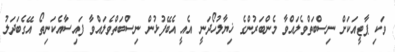
ވަކި ޕާޓީއަކަށް ނިސްބަތްވެލައްވާ މެންބަރުންގެ ޚިޔާލުހޯދަނީ އެއީ އެބޭފުޅުން ނިސްބަތްވެލައްވާ ފައިސާއެކަނިތޯ އޭގެބަދަލު